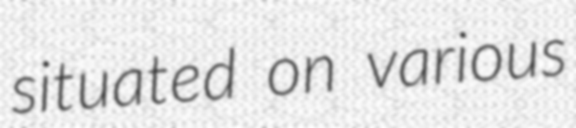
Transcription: situated on various